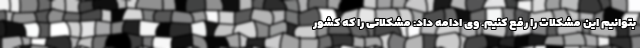
بتوانیم این مشکلات را رفع کنیم. وی ادامه داد: مشکلاتی را که کشور